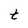
Character: t